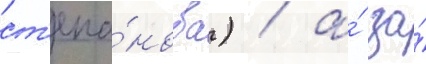
ст'епа́нова) / а́ за́